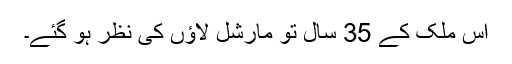
اس ملک کے 35 سال تو مارشل لاؤں کی نظر ہو گئے۔